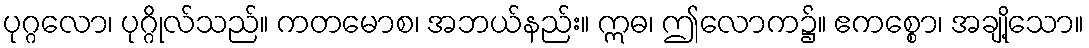
ပုဂ္ဂလော၊ ပုဂ္ဂိုလ်သည်။ ကတမောစ၊ အဘယ်နည်း။ ဣဓ၊ ဤလောက၌။ ဧကစ္စော၊ အချို့သော။